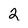
Character: 2